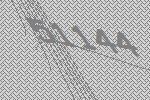
51144